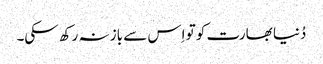
دُنیا بھارت کو تو اِس سے باز نہ رکھ سکی۔